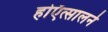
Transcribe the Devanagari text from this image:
होऍत्सालर्न